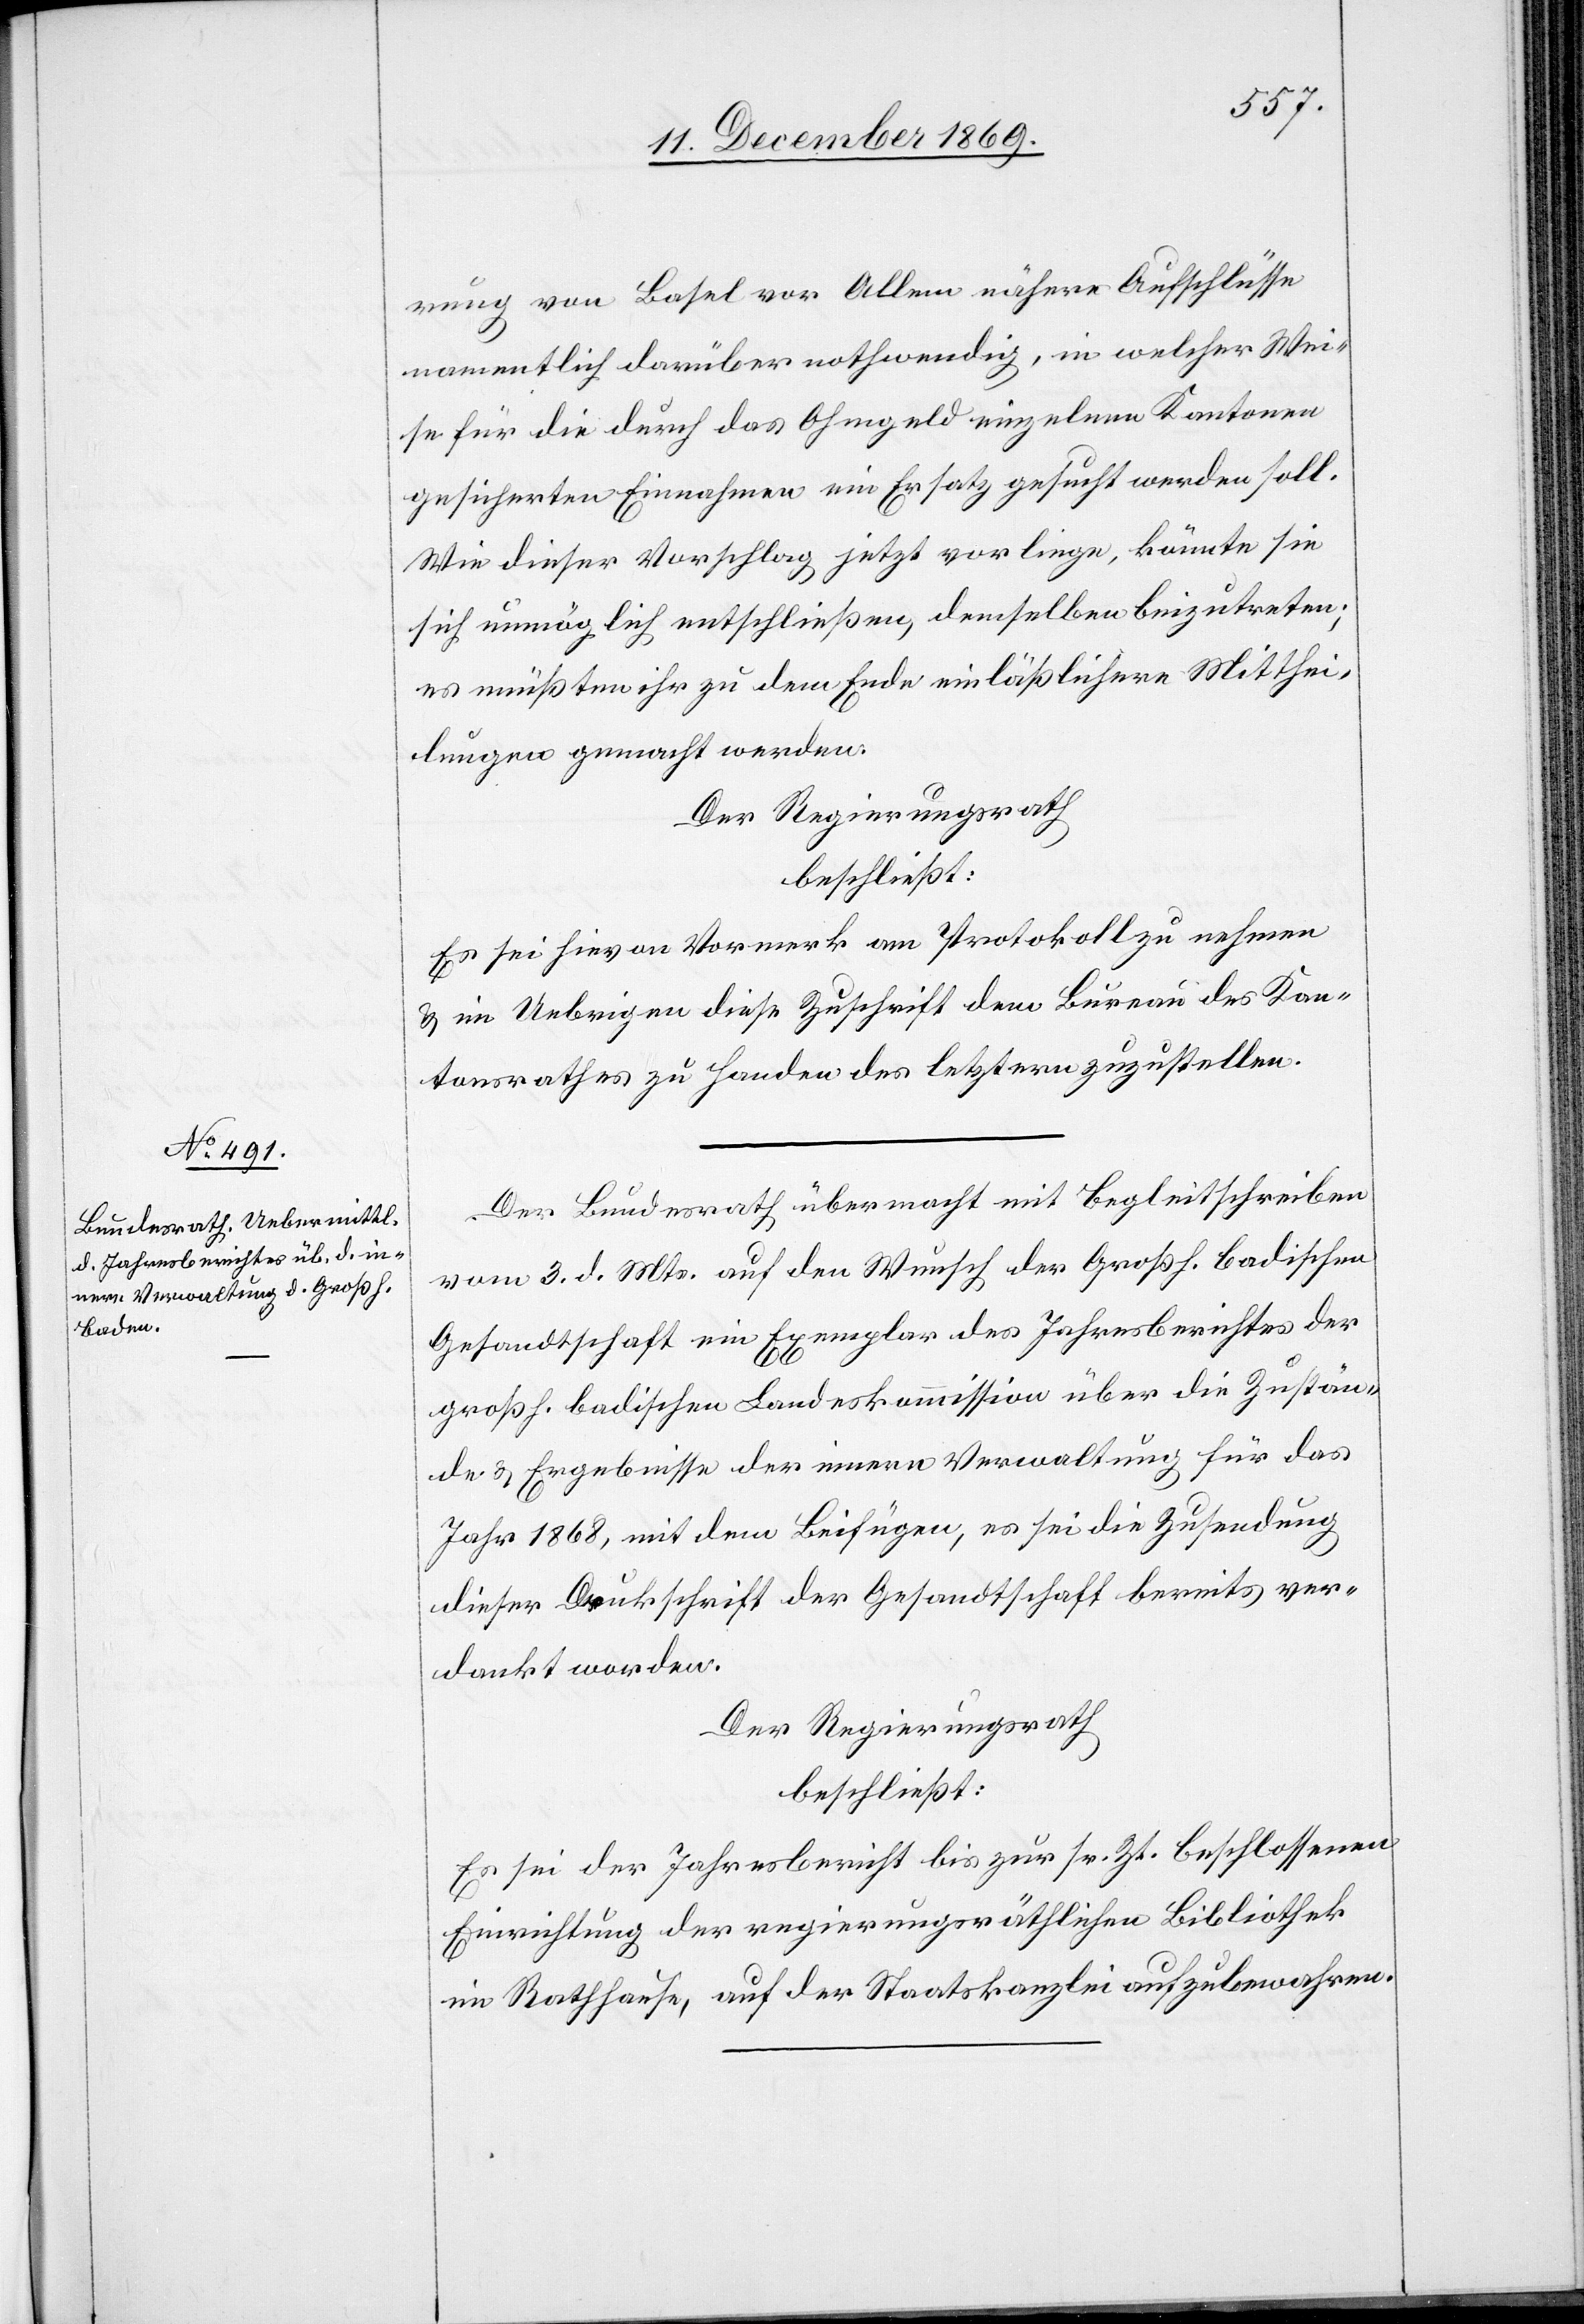
rung von Basel vor Allem nähere Aufschlüsse
namentlich darüber nothwendig, in welcher Wei¬
se für die durch das Ohmgeld einzelnen Kantonen
gesicherten Einnahmen ein Ersatz gesucht werden soll.
Wie dieser Vorschlag jetzt vorliege, könnte sie
sich unmöglich entschließen, demselben beizutreten;
es müßten ihr zu dem Ende einläßlichere Mitthei¬
lungen gemacht werden,
Der Regierungsrath
beschließt:
Es sei hievon Vormerk am Protokoll zu nehmen
& im Uebrigen diese Zuschrift dem Bureau des Kan¬
tonsrathes zu Handen des letztern zuzustellen.
Der Bundesrath übermacht mit Begleitschreiben
vom 3. d. Mts. auf den Wunsch der Großh. badischen
Gesandtschaft ein Exemplar des Jahresberichtes der
großh. badischen Landeskommission über die Zustän¬
de & Ergebnisse der innern Verwaltung für das
Jahr 1868, mit dem Beifügen, es sei die Zusendung
dieser Druckschrift der Gesandtschaft bereits ver¬
dankt worden.
Der Regierungsrath
beschließt:
Es sei der Jahresbericht bis zur sr. Zt. beschlossenen
Einrichtung der regierungsräthlichen Bibliothek
im Rathhause, auf der Staatskanzlei aufzubewahren.